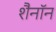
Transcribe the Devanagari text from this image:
शैनॉन